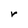
Character: r